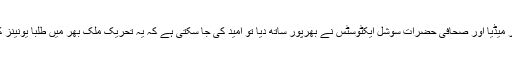
اور اگر اس تحریک کا ملکی سطح پر میڈیا اور صحافی حضرات سوشل ایکٹوسٹس نے بھرپور ساتھ دیا تو امید کی جا سکتی ہے کہ یہ تحریک ملک بھر میں طلبا یونینز کی بحال تک کامیابی سے ہمکنار ہو۔